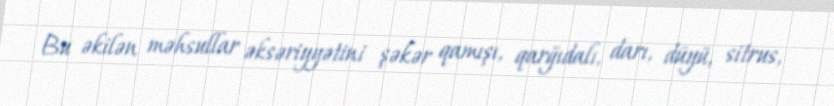
Bu əkilən məhsullar əksəriyyətini şəkər qamışı, qarğıdalı, darı, düyü, sitrus,